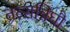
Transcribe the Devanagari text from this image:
तत्सन्निघौ